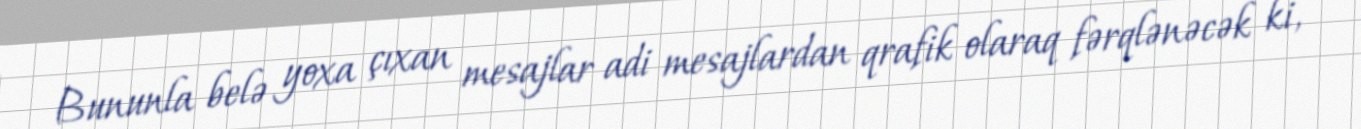
Bununla belə yoxa çıxan mesajlar adi mesajlardan qrafik olaraq fərqlənəcək ki,